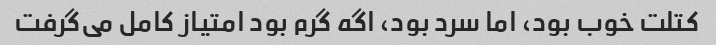
کتلت خوب بود، اما سرد بود، اگه گرم بود امتیاز کامل می‌گرفت